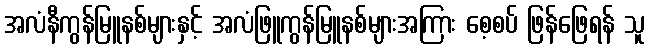
အလံနီကွန်မြူနစ်များနှင့် အလံဖြူကွန်မြူနစ်များအကြား စေ့စပ် ဖြန်ဖြေရန် သူ